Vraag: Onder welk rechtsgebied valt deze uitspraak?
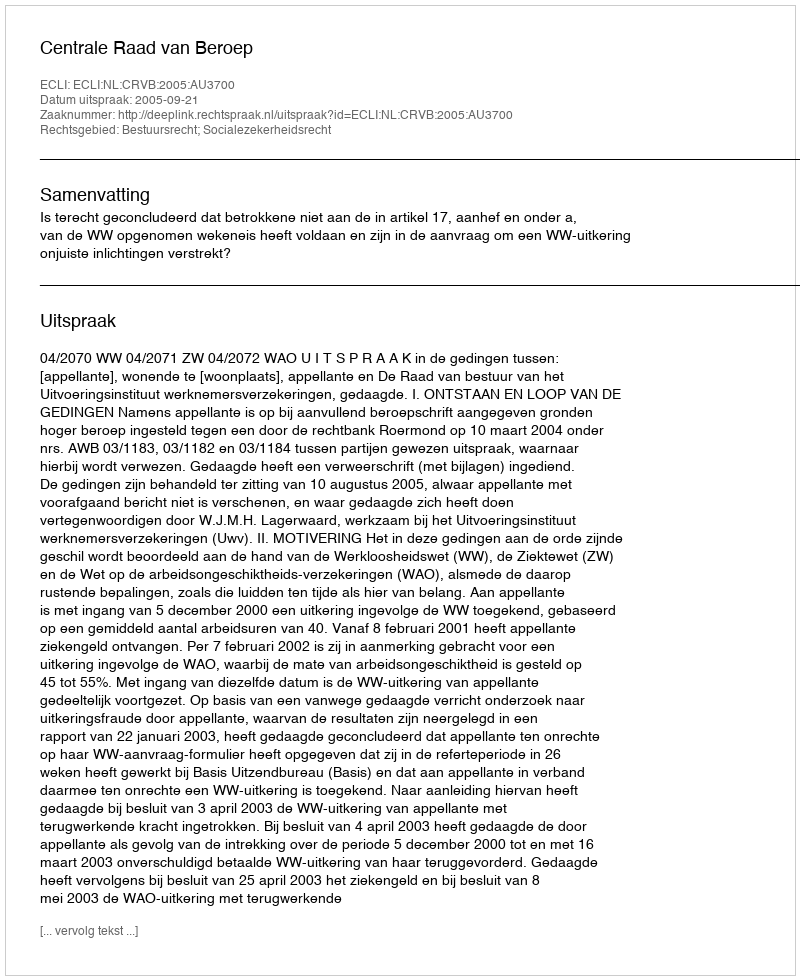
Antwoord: Bestuursrecht; Socialezekerheidsrecht